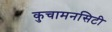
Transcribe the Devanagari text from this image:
कुचामनसिटी